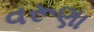
વરૂણા